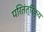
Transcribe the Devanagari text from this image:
परितंत्रिक्य